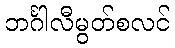
ဘင်္ဂါလီမွတ်စလင်